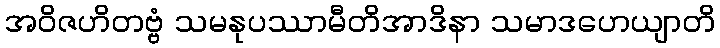
အဝိဇဟိတဗ္ဗံ သမနုပဿာမီတိအာဒိနာ သမာဒဟေယျာတိ